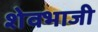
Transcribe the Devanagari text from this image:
शेवभाजी